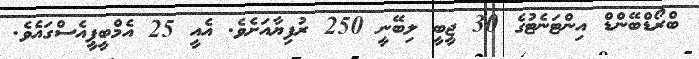
ބްރޯޑްބޭންޑް އިންޓަނެޓުގެ 30 ޖީބީ ލިބޭނީ 250 ރުފިޔާއަށެވެ. އެއީ 25 އެމްބީޕީއެސްގައެވެ.